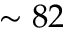
\sim 8 2